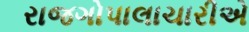
રાજગોપાલાચારીએ